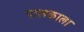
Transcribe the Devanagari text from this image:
पालकाला